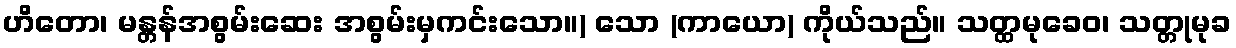
ဟိတော၊ မန္တန်အစွမ်းဆေး အစွမ်းမှကင်းသော။) သော (ကာယော) ကိုယ်သည်။ သတ္ထမုခေဝ၊ သတ္တုမုခ